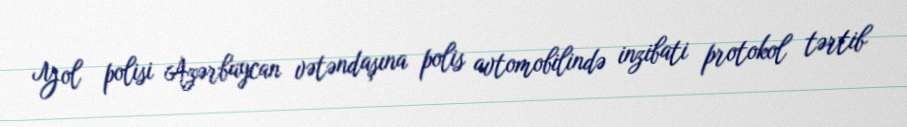
Yol polisi Azərbaycan vətəndaşına polis avtomobilində inzibati protokol tərtib